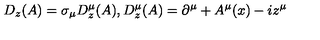
D _ { z } ( A ) = \sigma _ { \mu } D _ { z } ^ { \mu } ( A ) , D _ { z } ^ { \mu } ( A ) = \partial ^ { \mu } + A ^ { \mu } ( x ) - i z ^ { \mu }